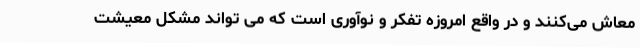
معاش می‌کنند و در واقع امروزه تفکر و نوآوری است که می تواند مشکل معیشت